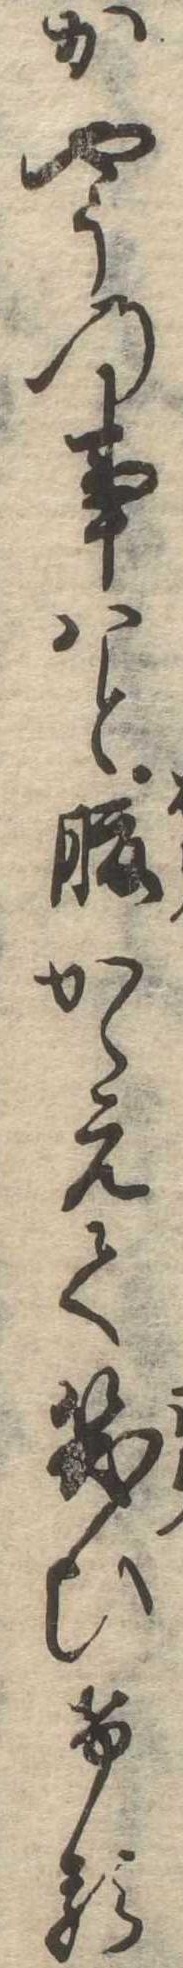
かやうの事はと腹かゝえて笑ひける